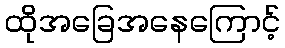
ထိုအခြေအနေကြောင့်